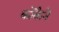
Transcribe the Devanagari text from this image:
कोकैने